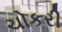
ચોકરી